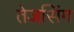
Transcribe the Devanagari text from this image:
तेजसिंग